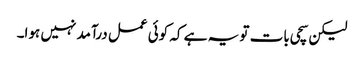
لیکن سچی بات تو یہ ہے کہ کوئی عمل درآمد نہیں ہوا۔